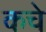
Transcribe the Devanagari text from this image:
कचे